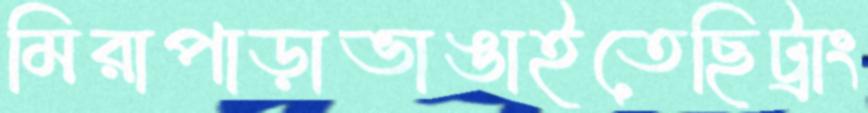
মিরাপাড়াভাঙাইতেছিট্রাং